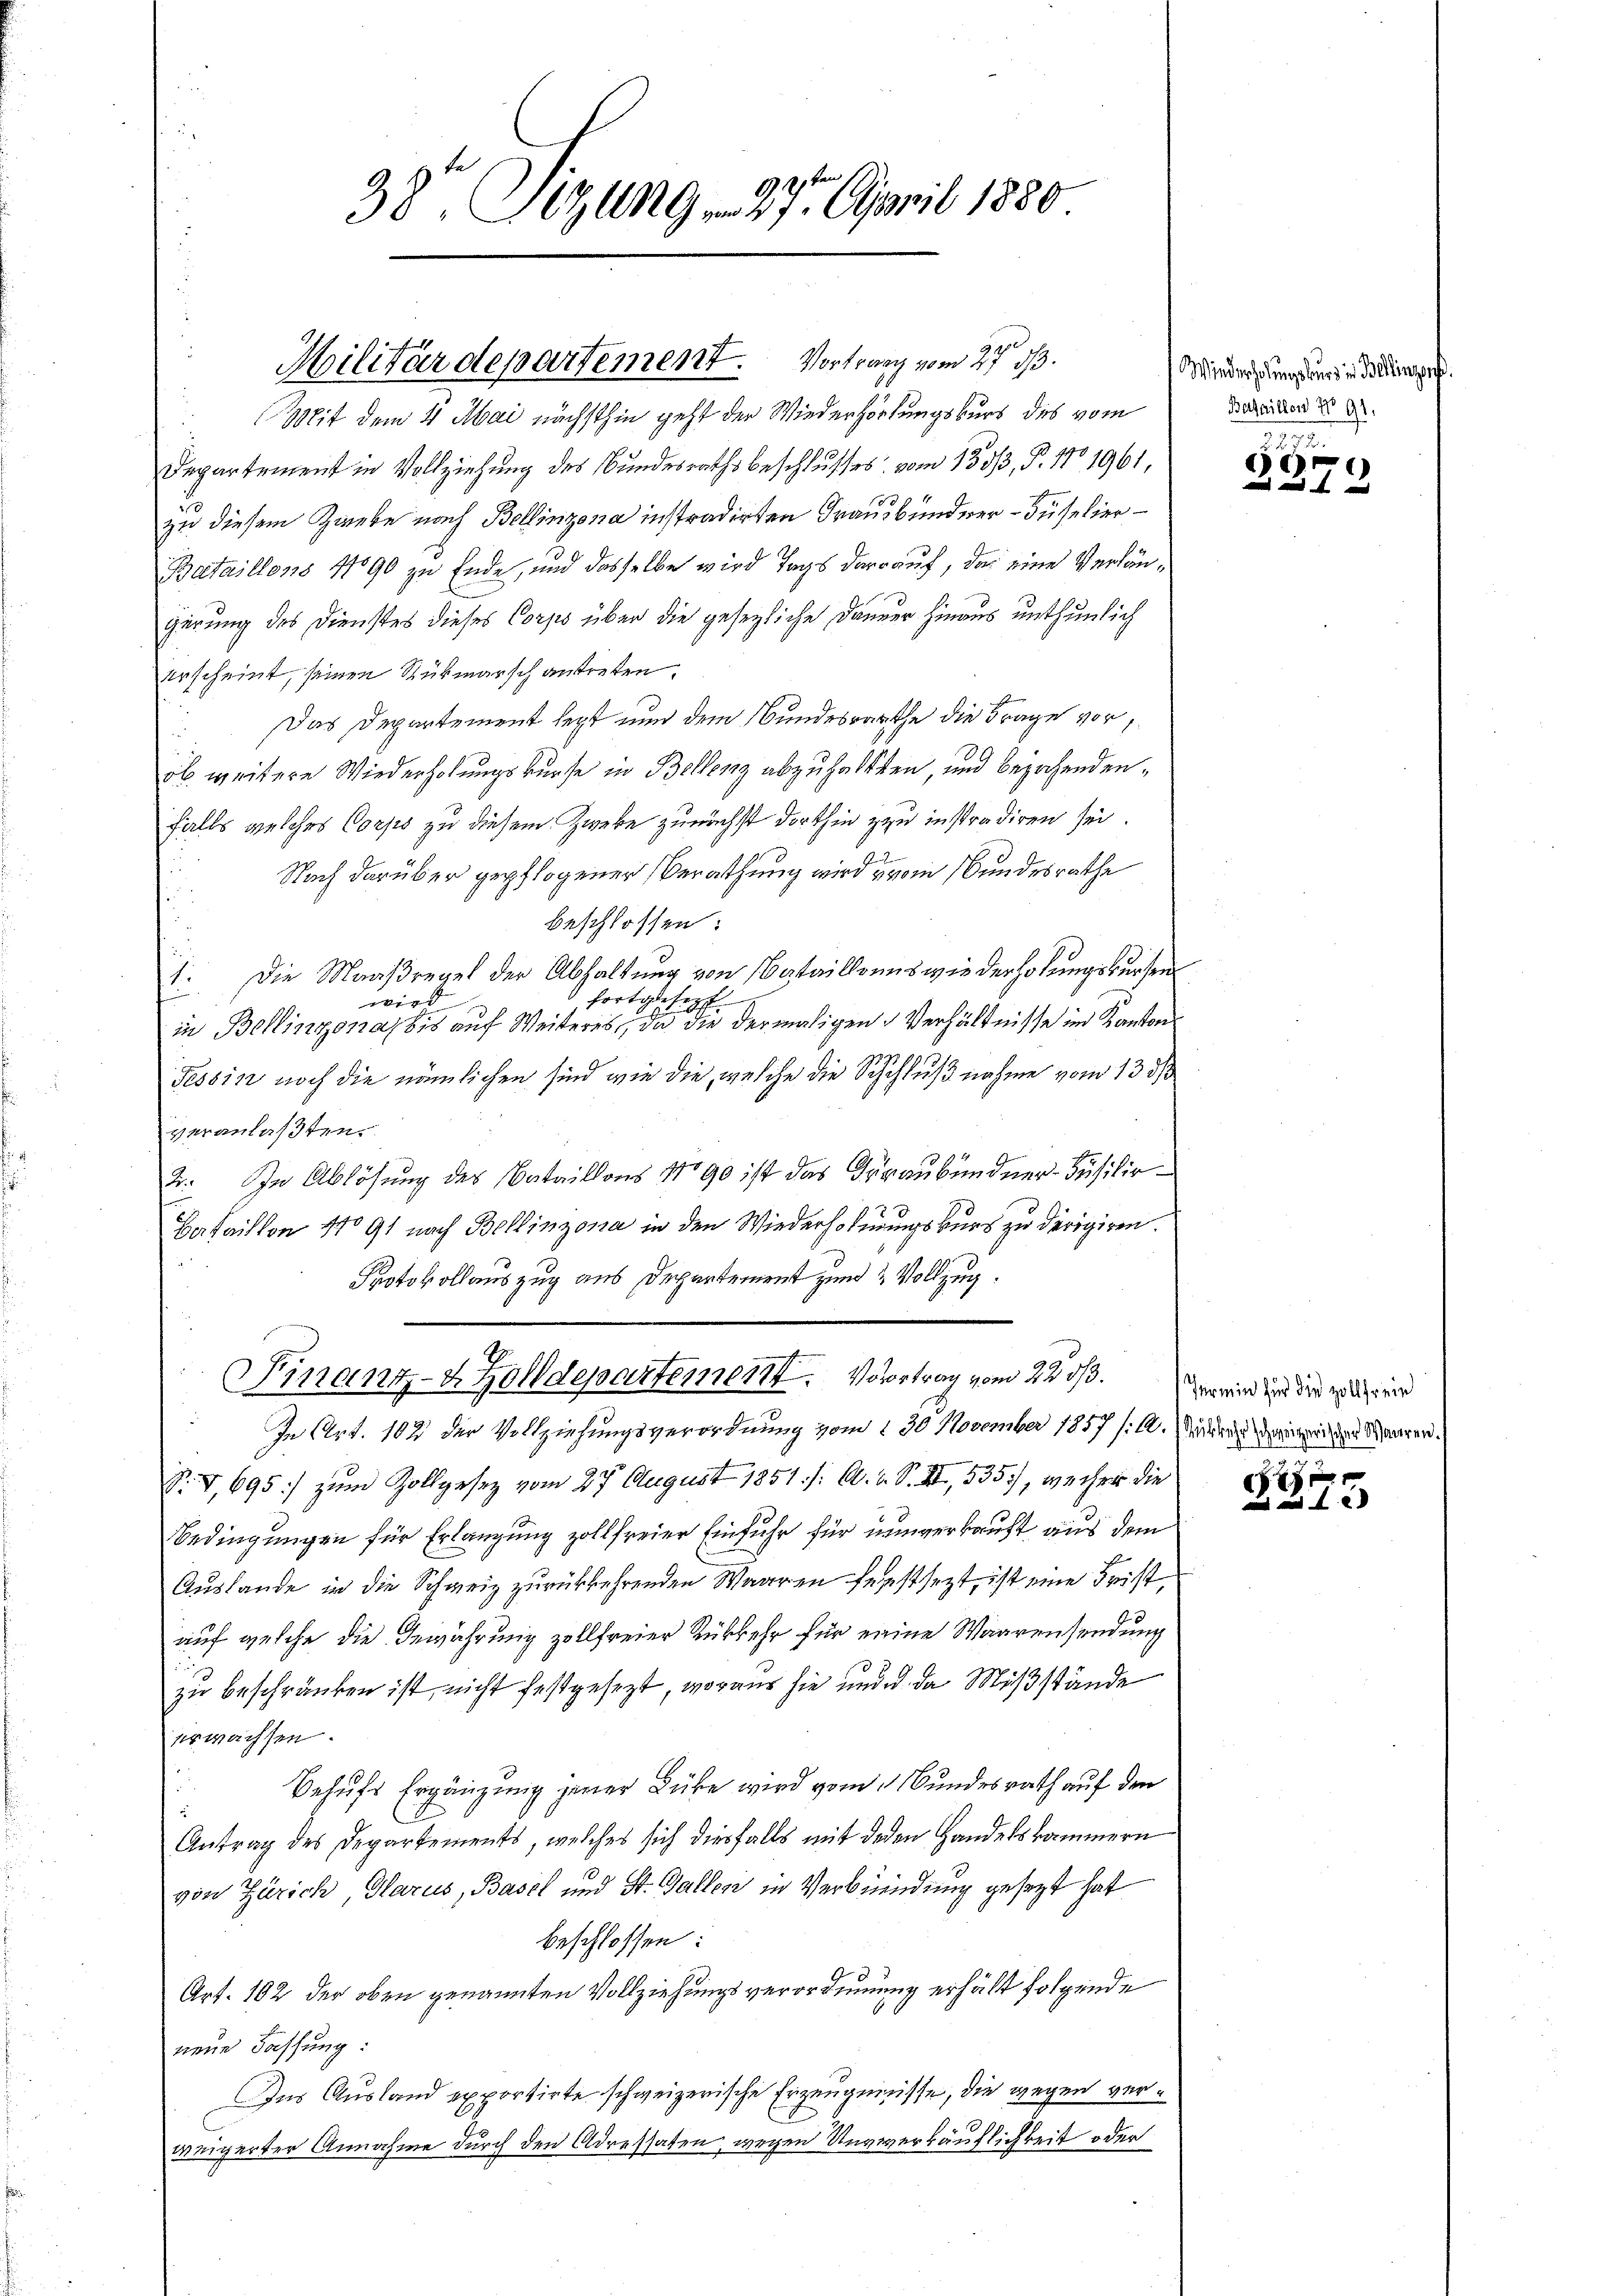
38. Sizung 27. April 1880

Mit dem 4 Mai nächsthin geht der Wiederhörungskurs des vom
Departement in Vollziehung des Bundesrathsbeschlusses vom 135/3, P. 170. 1961,
zu diesem Zwiebe nach Bellinzona instradirten Graubündner - Süselier
Bataillons 1790 zu Ende, und dasselbe wird Tags darauf, das eine Verlängerung des Dienstes dieses Corps über die gesezliche Danner hinaus unthunlich
erscheint, seinen Rükmarsch antreten.
Das Departement legt nun dem Bundesrathe die Frage vor,
öb weitere Wiederholungskurse in Bellenz abzuhalten, und bejahendenfalls welches Corps zu diesem Zweke zunächst dorthin zu instradiren sei.
Nach darüber gepflogener Berathung wird vom Bundesrathe
beschlossen:
1. Die Maaßregel der Abhaltung von Bataillonis wiederholungswürfen
fortgesezt
i
in Bellinzona bis auf Weiteres, da die dermaligen Verhältnisse im Kanton
Tessin noch die nämlichen sind wie die, welche die Schuhlußnahme vom 13. ds
veranlaßten.
2. In Ablösung des Bataillons No 90 ist das Graubündner Füsilio.
Bataillon No 91 nach Bellinzona in den Wiederhohnungskurs zu dirigiren.
Protokollauszug aus Departement zum 2 Vollzug.
Finanz-4 Zolldepartement. Vortrag vom 22. ds. Er wird in der einer
In Art. 102 der Vollziehungsverordnung vom 130 November 1857 /: M. Münden den mit den Waaren.
S. V, 695 zum Zollgesetz vom 27. August 1851. /: A. v. S. XII, 535, weiher die
Bedingungen für Erlangung zollfreier Einfuhr für unverkauft aus dem
Auslande in die Schweiz zurückkehrenden Waaren festsezt, ist eine Frist
auf welche die Gewährung zollfreier Rükkehr für einen Waarensendung
zu beschränken ist, nicht festgesezt, woraus sie und u. da Mißstände
erwachsen.
Behufs Ergänzung jener Lücke wird vom Bundesrath auf den
Antrag des Departements, welches sich diesfalls mit deren Handelskammern
von Zürich Glarus, Basel und St. Gallen in Verbindung gesezt hat
beschlossen:
Art. 102 der oben genannten Vollziehungsverordnung erhält folgende
neue Fassung:
Dns Ausland exportirte schweizerische Erzeugnisse, die wegen verweigerter Annahme durch den Adressaten, wegen Unzwerkäuflichkeit oder

Militärdepartement. Vortrag vom 27. ds.

Wiederholungskurs in Bellingen.
Bataillon No 91.

.
Ge
x

e